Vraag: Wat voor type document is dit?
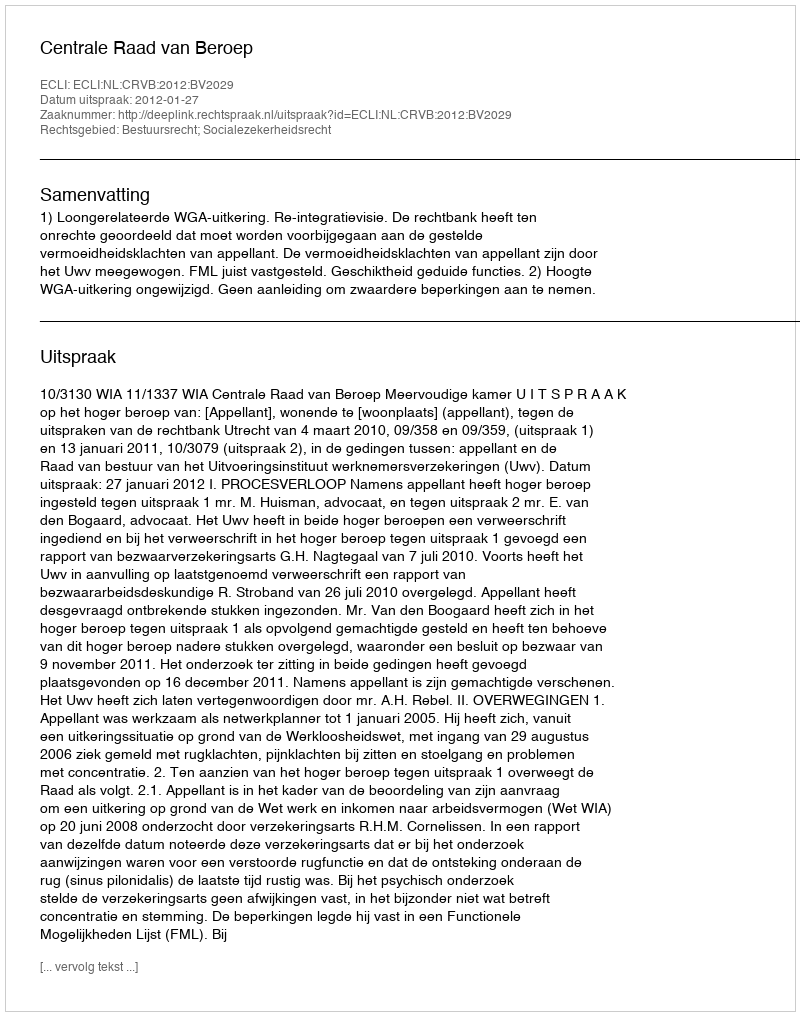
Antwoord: Uitspraak